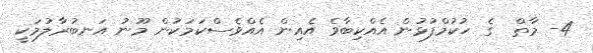
4- މާތް  ގެ ޙުކުމްފުޅުން އެއްކިބާވެ އެއިން އެއްވެސްކަމަކުން މޫނު އަނބުރާލުމަކީ